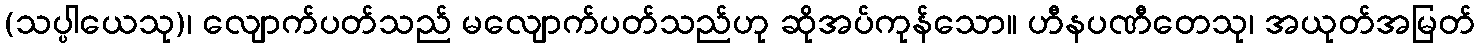
(သပ္ပါယေသု)၊ လျောက်ပတ်သည် မလျောက်ပတ်သည်ဟု ဆိုအပ်ကုန်သော။ ဟီနပဏီတေသု၊ အယုတ်အမြတ်